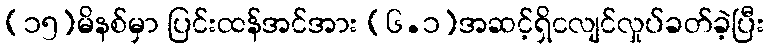
(၁၅)မိနစ်မှာ ပြင်းထန်အင်အား (၆.၁)အဆင့်ရှိငလျင်လှုပ်ခတ်ခဲ့ပြီး